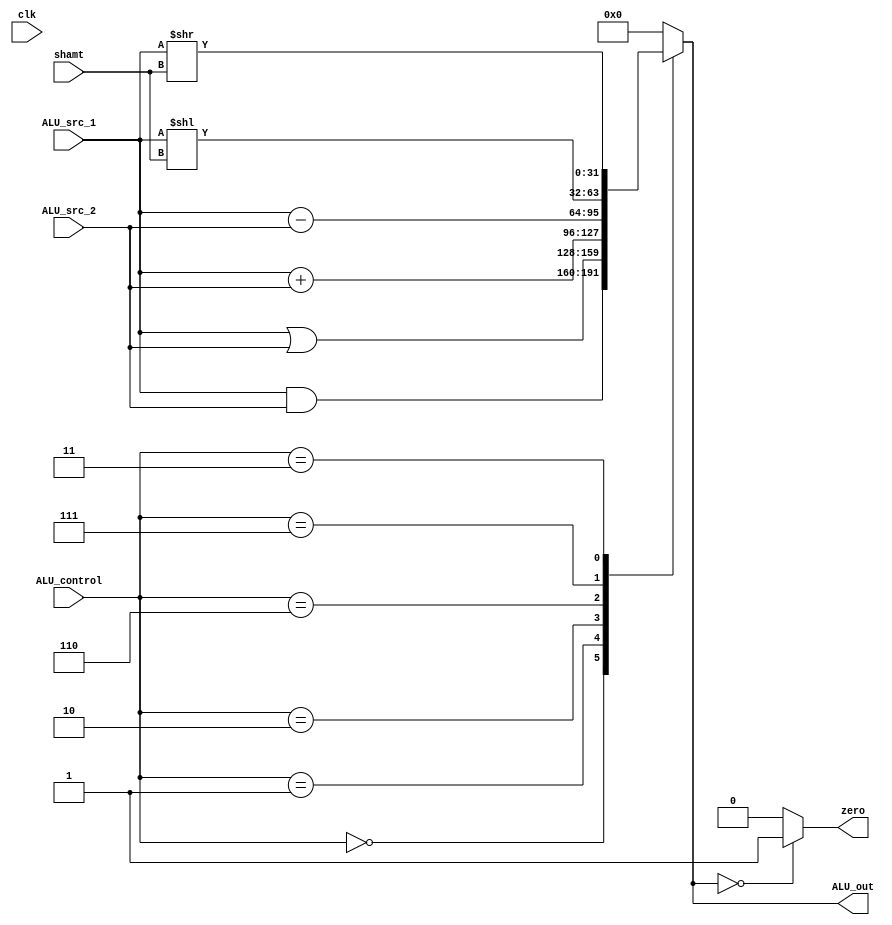
`timescale 1ns / 1ps
//////////////////////////////////////////////////////////////////////////////////
// Company: 
// Engineer: 
// 
// Design Name: 
// Module Name:    ALU 
// Project Name: 
// Target Devices: 
// Tool versions: 
// Description: 
//
// Dependencies: 
//
// Revision: 
// Revision 0.01 - File Created
// Additional Comments: 
//
//////////////////////////////////////////////////////////////////////////////////
module ALU(
    input [31:0] ALU_src_1,
    input [31:0] ALU_src_2,
    input [2:0] ALU_control,
    input [4:0] shamt,
    output reg [31:0] ALU_out,
    output reg zero,
    input clk
    );
	 
always @(*) begin
	case(ALU_control)
	3'b000 : ALU_out = ALU_src_1 & ALU_src_2;
	3'b001 : ALU_out = ALU_src_1 | ALU_src_2;
	3'b010 : ALU_out = ALU_src_1 + ALU_src_2;
	3'b110 : ALU_out = ALU_src_1 - ALU_src_2;
	3'b111 : ALU_out = ALU_src_1 << shamt;
	3'b011 : ALU_out = ALU_src_1 >> shamt;
	default: ALU_out = 32'b 0;
	endcase
end 	

always@(*)
begin
if(ALU_out == 0)
	zero = 1; 
else 
	zero = 0;
end

endmodule